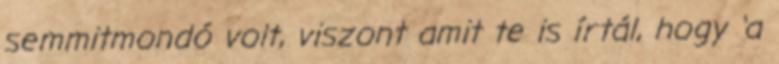
semmitmondó volt, viszont amit te is írtál, hogy ‘a